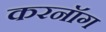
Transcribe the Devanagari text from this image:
करनॉग